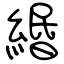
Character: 緡